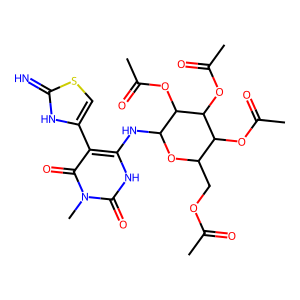
SMILES: CC(=O)OCC1OC(Nc2[nH]c(=O)n(C)c(=O)c2-c2csc(=N)[nH]2)C(OC(C)=O)C(OC(C)=O)C1OC(C)=O
Inhibits HIV replication: No